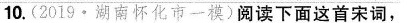
10.(2019·湖南怀化市一模)阅读下面这首宋词，